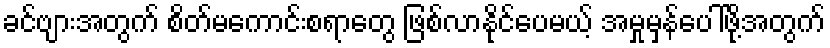
ခင်ဗျားအတွက် စိတ်မကောင်းစရာတွေ ဖြစ်လာနိုင်ပေမယ့် အမှုမှန်ပေါ်ဖို့အတွက်